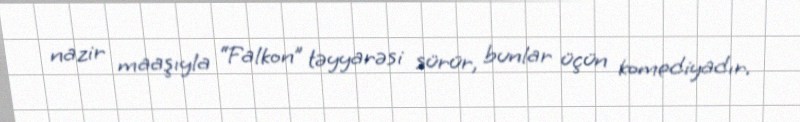
nazir maaşıyla “Falkon” təyyarəsi sürür, bunlar üçün komediyadır.